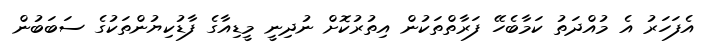
އެފަހަރު އެ މުއްދަތު ކަމާބެހޭ ފަރާތްތަކުން އިތުރުކޮށް ނުދިނީ މީޑިއާގެ ފާޑުކިޔުންތަކުގެ ސަބަބުން